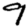
Digit: 9